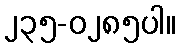
၂၃၅-၀၂၈၅ပါ။